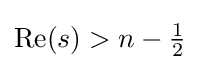
\mathrm {Re} (s)>n-{\tfrac {1}{2}}